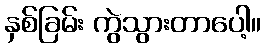
နှစ်ခြမ်း ကွဲသွားတာပေါ့။